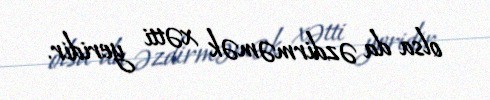
olsa da əzdirməmək xətti yeridir.